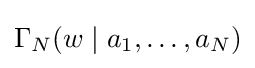
\Gamma _{N}(w\mid a_{1},\ldots ,a_{N})